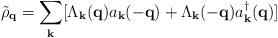
LaTeX: \begin{align*}{\tilde{\rho}}_{ {\bf{q}} } = \sum_{ {\bf{k}} }[\Lambda_{ {\bf{k}} }({\bf{q}}) a_{ {\bf{k}} }(-{\bf{q}}) + \Lambda_{ {\bf{k}} }(-{\bf{q}}) a^{\dagger}_{ {\bf{k}} }({\bf{q}})]\end{align*}